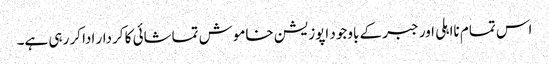
اس تمام نااہلی اور جبر کے باوجود اپوزیشن خاموش تماشائی کا کردار ادا کر رہی ہے۔